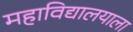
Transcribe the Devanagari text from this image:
महाविद्यालयाला